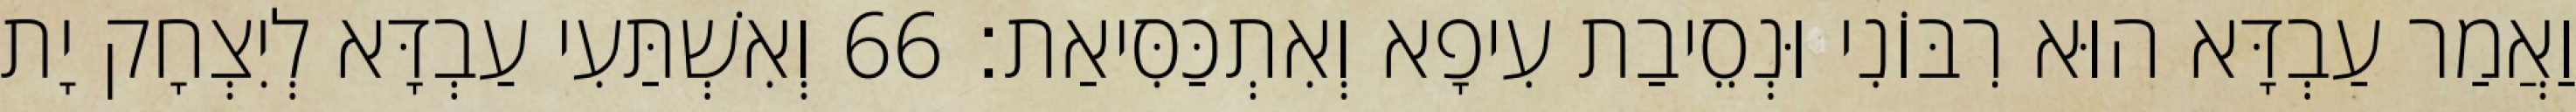
וַאֲמַר עַבְדָּא הוּא רִבּוֹנִי וּנְסֵיבַת עִיפָא וְאִתְכַּסִּיאַת׃ 66 וְאִשְׁתַּעִי עַבְדָּא לְיִצְחָק יָת